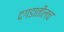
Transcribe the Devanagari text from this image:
दगडातीलच